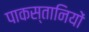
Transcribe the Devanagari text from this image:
पाकस्तानियों